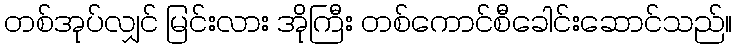
တစ်အုပ်လျှင် မြင်းလား အိုကြီး တစ်ကောင်စီခေါင်းဆောင်သည်။